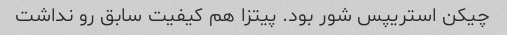
چیکن استریپس شور بود. پیتزا هم کیفیت سابق رو نداشت